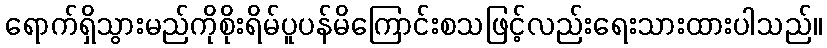
ရောက်ရှိသွားမည်ကိုစိုးရိမ်ပူပန်မိကြောင်းစသဖြင့်လည်းရေးသားထားပါသည်။